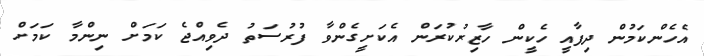
އެހެންކަމުން ދިފާއީ ހެކީން ހާޒިރުކުރަން އެކަށީގެންވާ ފުރުސަތު ދެވިއްޖެ ކަމަށް ނިންމާ ކަމަށް